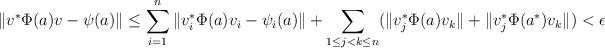
LaTeX: \begin{align*} \| v^\ast \Phi(a) v - \psi(a)\| \leq \sum_{i=1}^n \| v_i^\ast \Phi(a) v_i - \psi_i(a)\| + \sum_{1\leq j < k \leq n} (\| v_j^\ast \Phi(a) v_k \| + \| v_j^\ast \Phi(a^\ast) v_k\|) < \epsilon \end{align*}